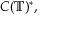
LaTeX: C ( \mathbb { T } ) ^ { \ast } ,